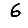
Digit: 6